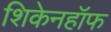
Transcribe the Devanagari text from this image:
शिकेनहॉफ